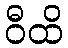
ဝီထိ